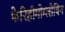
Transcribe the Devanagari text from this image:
फेरिहीमोग्लोबिन